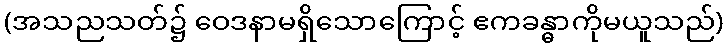
(အသညသတ်၌ ဝေဒနာမရှိသောကြောင့် ဧကခန္ဓာကိုမယူသည်)